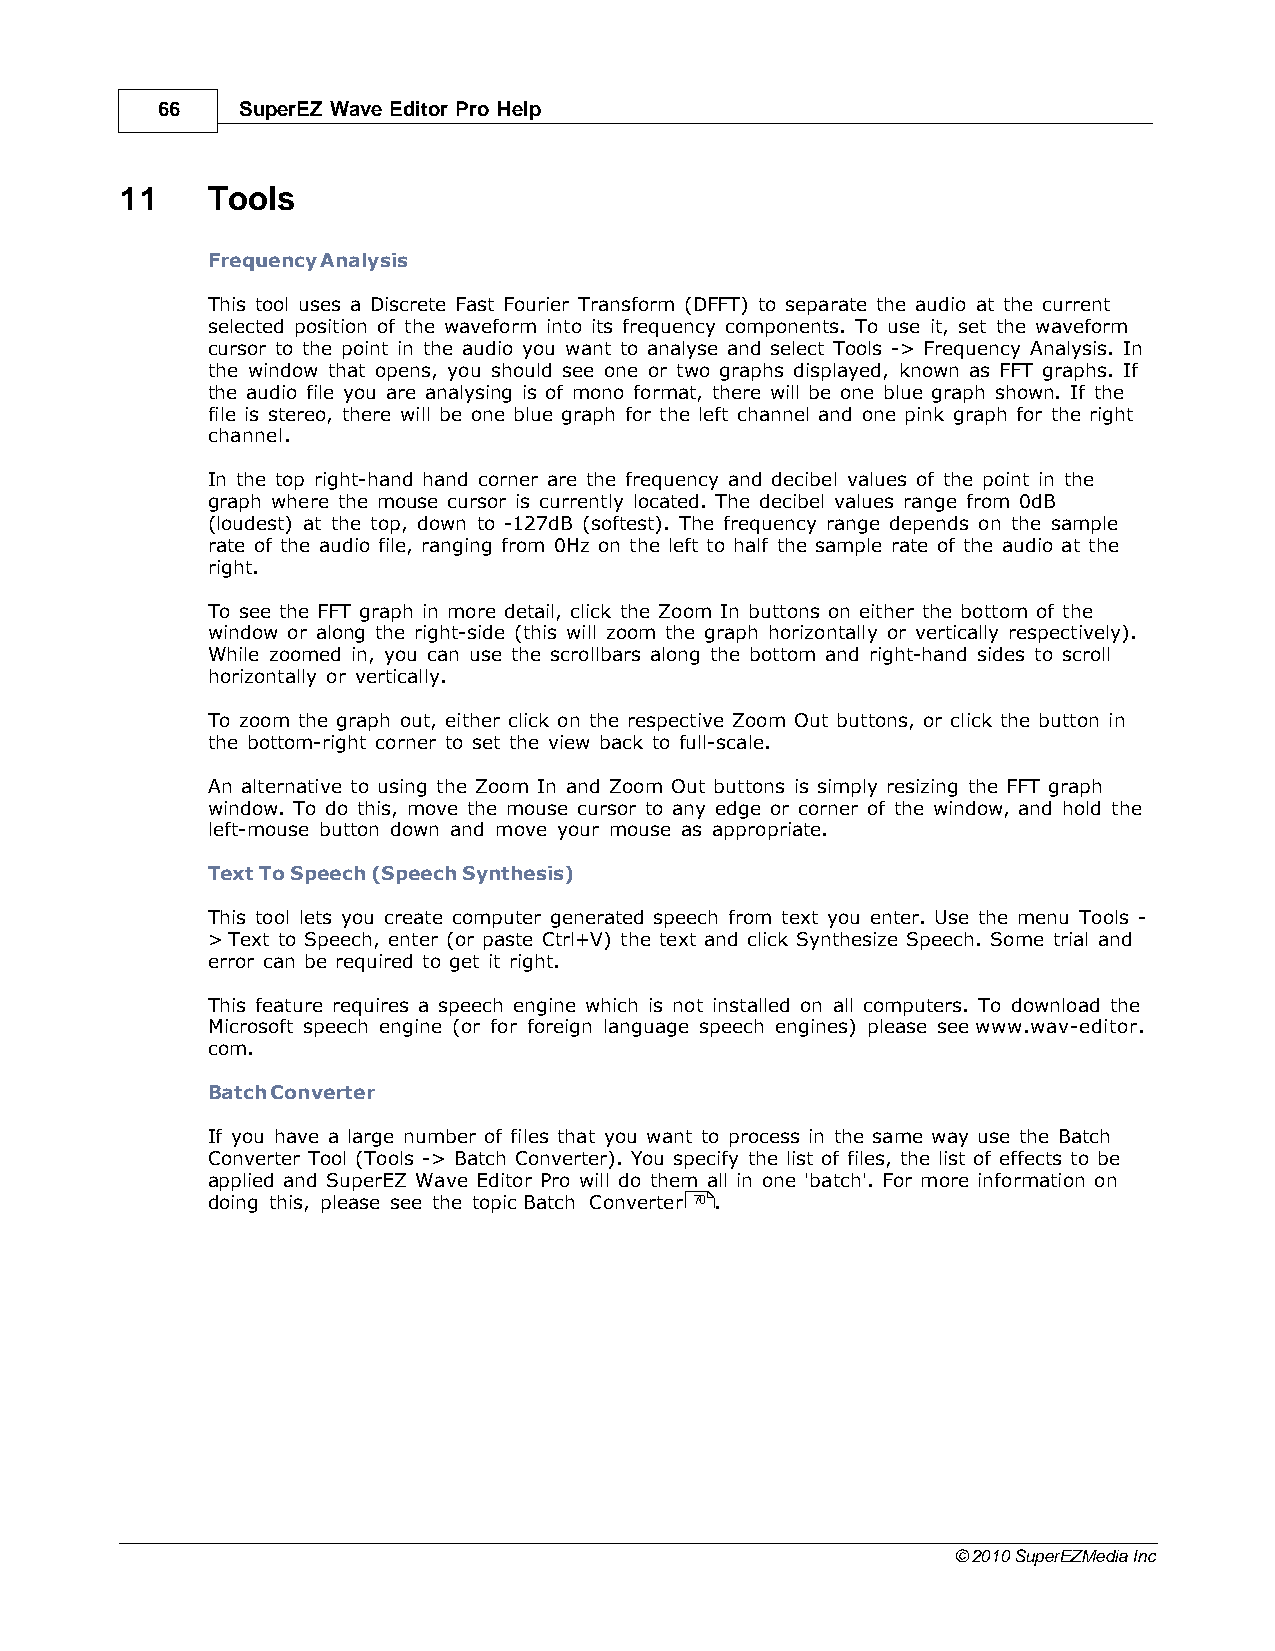
66    SuperEZ Wave Editor Pro Help
 11    Tools
 Frequency Analysis
 This tool uses a Discrete Fast Fourier Transform (DFFT) to separate the audio at the current
 selected position of the waveform into its frequency components. To use it, set the waveform
 cursor to the point in the audio you want to analyse and select Tools -> Frequency Analysis. In
 the window that opens, you should see one or two graphs displayed, known as FFT graphs. If
 the audio file you are analysing is of mono format, there will be one blue graph shown. If the
 file is stereo, there will be one blue graph for the left channel and one pink graph for the right
 channel.
 In the top right-hand hand corner are the frequency and decibel values of the point in the
 graph where the mouse cursor is currently located. The decibel values range from 0dB
 (loudest) at the top, down to -127dB (softest). The frequency range depends on the sample
 rate of the audio file, ranging from 0Hz on the left to half the sample rate of the audio at the
 right.
 To see the FFT graph in more detail, click the Zoom In buttons on either the bottom of the
 window or along the right-side (this will zoom the graph horizontally or vertically respectively).
 While zoomed in, you can use the scrollbars along the bottom and right-hand sides to scroll
 horizontally or vertically.
 To zoom the graph out, either click on the respective Zoom Out buttons, or click the button in
 the bottom-right corner to set the view back to full-scale.
 An alternative to using the Zoom In and Zoom Out buttons is simply resizing the FFT graph
 window. To do this, move the mouse cursor to any edge or corner of the window, and hold the
 left-mouse button down and move your mouse as appropriate.
 Text To Speech (Speech Synthesis)
 This tool lets you create computer generated speech from text you enter. Use the menu Tools -
 > Text to Speech, enter (or paste Ctrl+V) the text and click Synthesize Speech. Some trial and
 error can be required to get it right.
 This feature requires a speech engine which is not installed on all computers. To download the
 Microsoft speech engine (or for foreign language speech engines) please see www.wav-editor.
 com.
 Batch Converter
 If you have a large number of files that you want to process in the same way use the Batch
 Converter Tool (Tools -> Batch Converter). You specify the list of files, the list of effects to be
 applied and SuperEZ Wave Editor Pro will do them all in one 'batch'. For more information on
 doing this, please see the topic Batch Converter 70 .
 © 2010 SuperEZMedia Inc